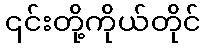
၎င်းတို့ကိုယ်တိုင်